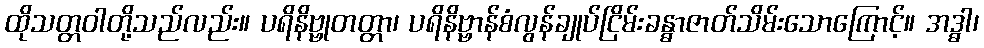
ထိုသတ္တဝါတို့သည်လည်း။ ပရိနိဗ္ဗုတတ္တာ၊ ပရိနိဗ္ဗာန်စံလွန်ချုပ်ငြိမ်းခန္ဓာဇာတ်သိမ်းသောကြောင့်။ အဒ္ဓါ၊